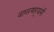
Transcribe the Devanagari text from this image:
वापरणार्‍यांनी